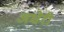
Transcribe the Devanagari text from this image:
अधेरी